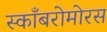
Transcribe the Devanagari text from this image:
स्काँबरोमोरस